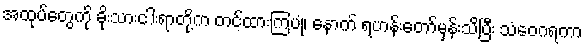
အထုပ်တွေကို ခိုးသားငါးရာတို့က တင်ထားကြပုံ၊ နောက် ရဟန်းတော်မှန်းသိပြီး သံဝေဂရကာ